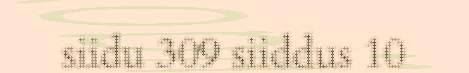
siidu 309 siiddus 10